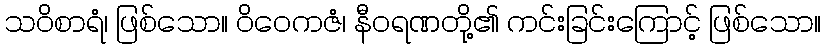
သဝိစာရံ၊ ဖြစ်သော။ ဝိဝေကဇံ၊ နီဝရဏတို့၏ ကင်းခြင်းကြောင့် ဖြစ်သော။